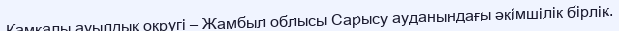
Қамқалы ауылдық округі – Жамбыл облысы Сарысу ауданындағы әкімшілік бірлік.